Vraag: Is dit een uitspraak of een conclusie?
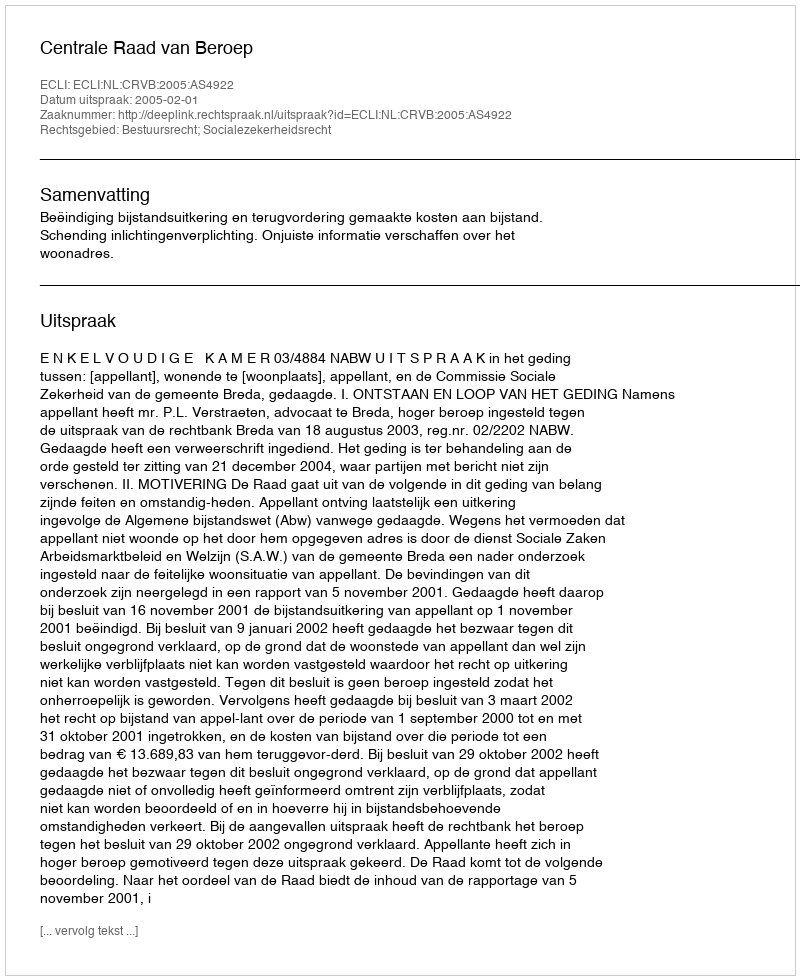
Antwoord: Uitspraak